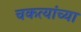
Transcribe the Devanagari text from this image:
चकत्यांच्या